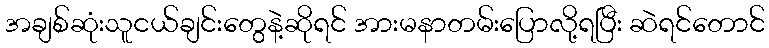
အချစ်ဆုံးသူငယ်ချင်းတွေနဲ့ဆိုရင် အားမနာတမ်းပြောလို့ရပြီး ဆဲရင်တောင်